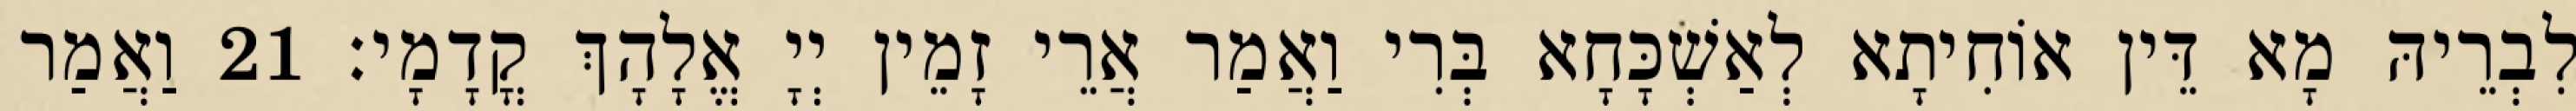
לִבְרֵיהּ מָא דֵּין אוֹחִיתָא לְאַשְׁכָּחָא בְּרִי וַאֲמַר אֲרֵי זָמֵין יְיָ אֱלָהָךְ קֳדָמָי׃ 21 וַאֲמַר